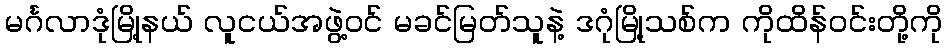
မင်္ဂလာဒုံမြို့နယ် လူငယ်အဖွဲ့ဝင် မခင်မြတ်သူနဲ့ ဒဂုံမြို့သစ်က ကိုထိန်ဝင်းတို့ကို